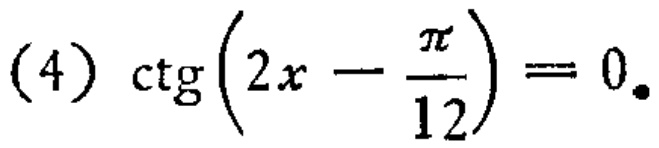
\((4)\ \ctg\left(2x - \frac{\pi}{12}\right) = 0\)